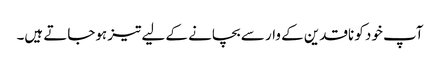
آپ خود کو ناقدین کے وار سے بچانے کے لیے تیز ہوجاتے ہیں۔